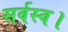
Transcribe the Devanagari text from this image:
सर्वस्व।